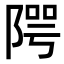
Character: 𨺨